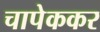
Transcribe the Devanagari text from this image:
चापेककर